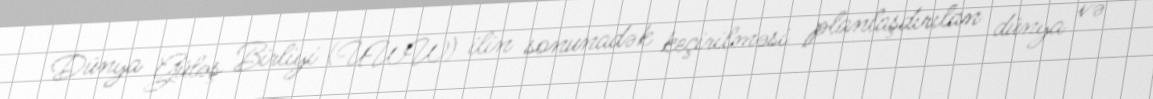
Dünya Güləş Birliyi (UWW) ilin sonunadək keçirilməsi planlaşdırılan dünya və